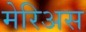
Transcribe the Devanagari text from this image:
मेरिअस